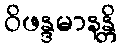
ဝိဖန္ဒမာနန္တိ